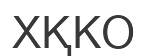
ХҚКО